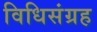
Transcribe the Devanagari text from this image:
विधिसंग्रह